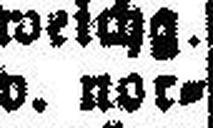
v. nor¬